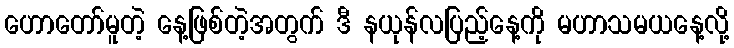
ဟောတော်မူတဲ့ နေ့ဖြစ်တဲ့အတွက် ဒီ နယုန်လပြည့်နေ့ကို မဟာသမယနေ့လို့